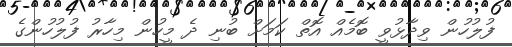
ފުލުހުން ވިދާޅުވީ ބޮމެއް އޮތް ކަމަށް ބުނި ދެ މީހުން މިހާރު ފުލުހުންގެ